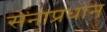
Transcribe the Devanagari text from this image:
सेनाप्रधान